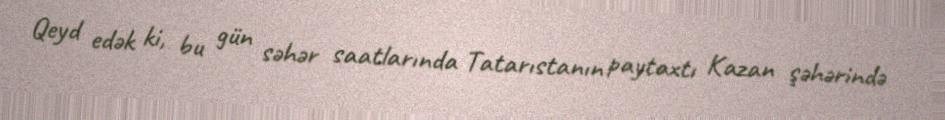
Qeyd edək ki, bu gün səhər saatlarında Tatarıstanın paytaxtı Kazan şəhərində